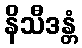
နိသီဒန္တံ